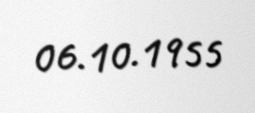
06.10.1955